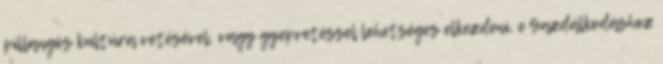
pillangós kultúra vetésével, vagy gyepvetéssel lehetséges elkezdeni. e Gazdálkodáshoz